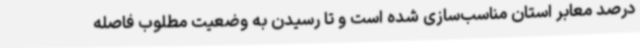
درصد معابر استان مناسب‌سازی شده است و تا رسیدن به وضعیت مطلوب فاصله